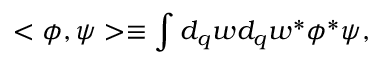
< \phi , \psi > \equiv \int _ { } ^ { } d _ { q } w d _ { q } w ^ { \ast } \phi ^ { \ast } \psi ,